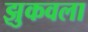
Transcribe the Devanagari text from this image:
झुकवला